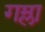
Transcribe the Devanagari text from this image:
गम्ला